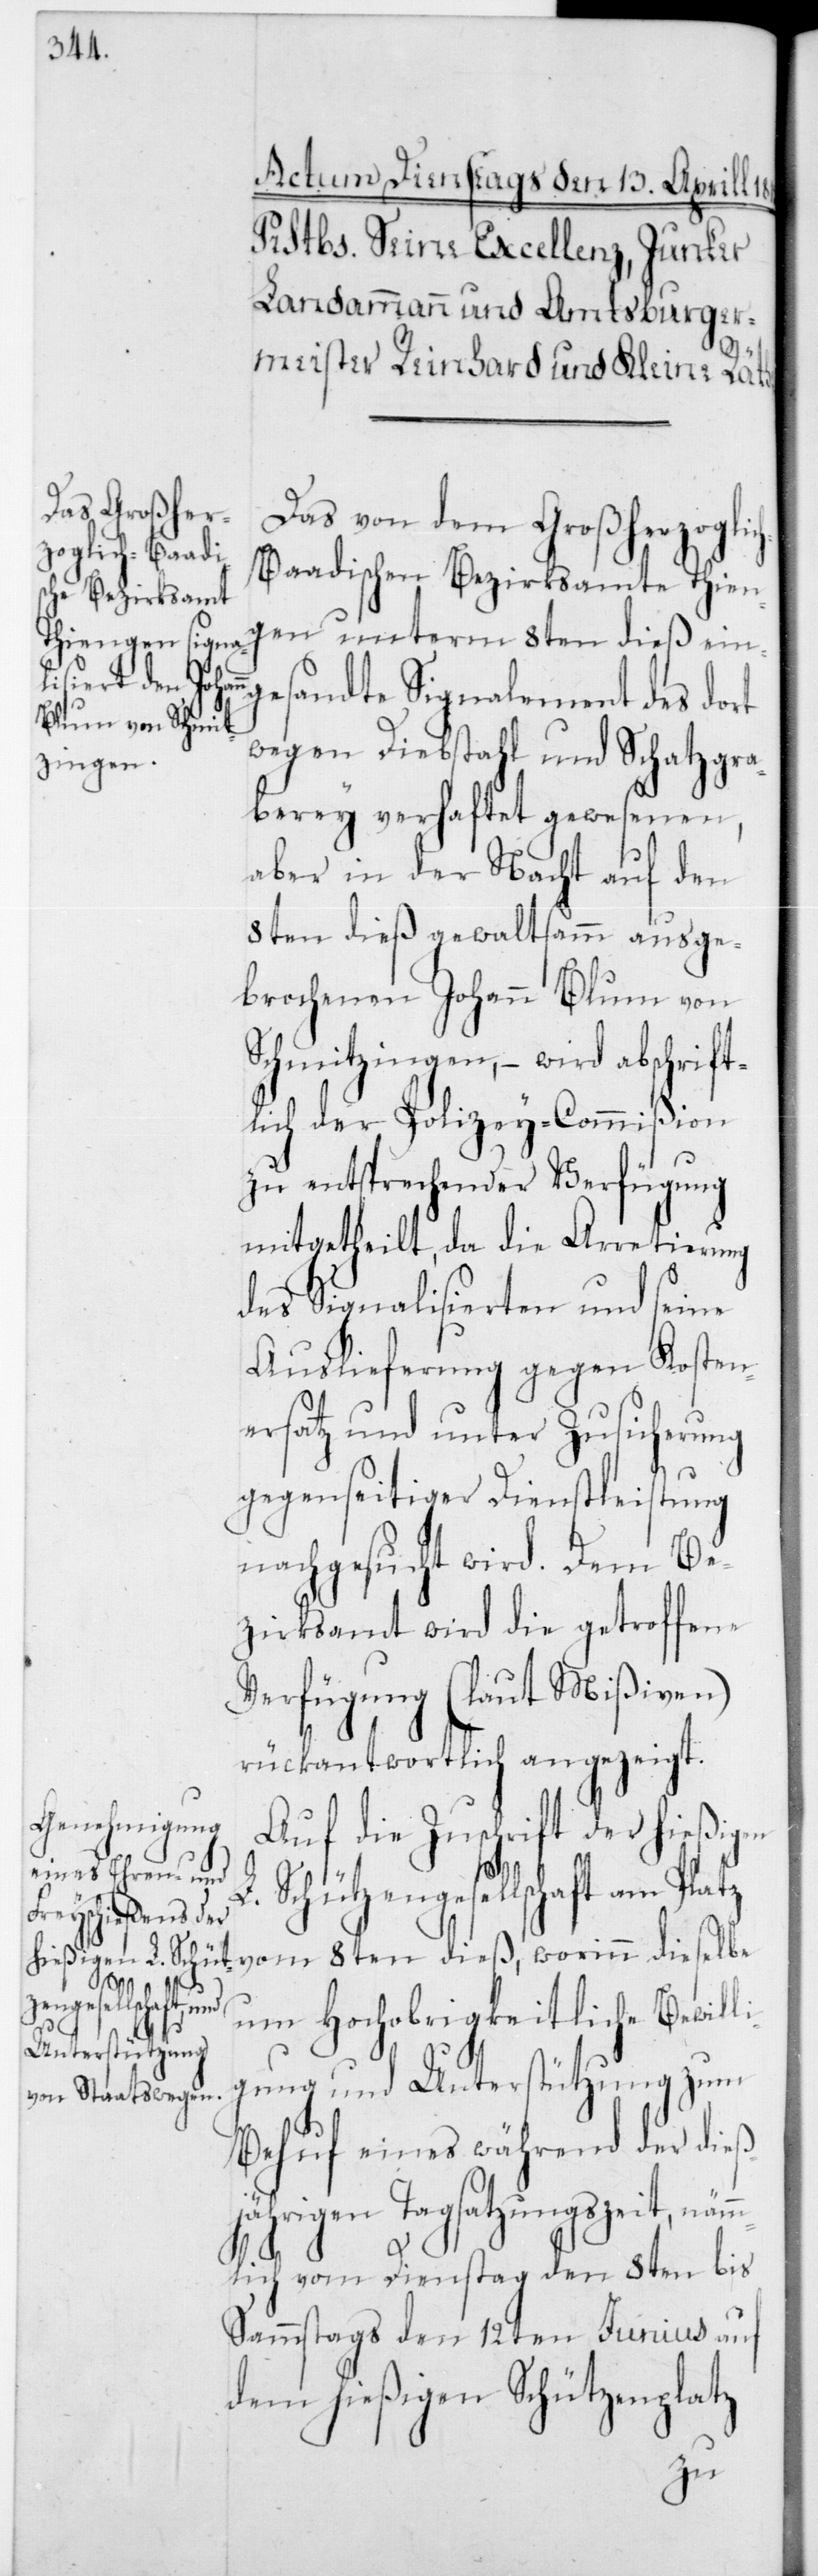
Das von dem Großherzoglic¬
h-Baadischen Bezirksamte Thien¬
gen unterm 8ten dieß ein¬
gesandte Signalement des dort
wegen Diebstahl und Schatzgra¬
berey verhaftet gewesenen,
aber in der Nacht auf den
8ten dieß gewaltsamm ausge¬
brochenen Johann Blum von
Schmitzingen, – wird abschrift¬
lich der Polizey-Commißion
zu entsprechender Verfügung
mitgetheilt, da die Arretierung
des Signalisierten und seine
Auslieferung gegen Kosten¬
ersatz und unter Zusicherung
gegenseitiger Dienstleistung
nachgesucht wird. Dem Be¬
zirksamt wird die getroffene
Verfügung (laut Mißiven)
rückantwortlich angezeigt.
Auf die Zuschrift der hießigen
Schützengesellschaft am
L.
8ten
dieselbe
um hochobrigkeitliche Bewilli¬
gung und Unterstützung zum
Behuf eines während der dieß¬
jährigen Tagsatzungszeit, näm¬
mlich vom Dienstag den 8ten bis
Samstags den 12ten Junius auf
dem hießigen Schützenplatz